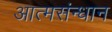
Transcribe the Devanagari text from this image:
आत्मसंन्धान